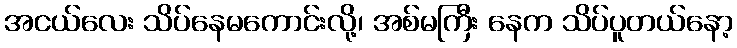
အငယ်လေး သိပ်နေမကောင်းလို့၊ အစ်မကြီး နေက သိပ်ပူတယ်နော့